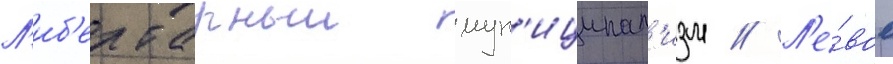
Л'иб'ертарныи мун'иципал'изм // Л'е́вое